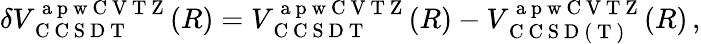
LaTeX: \delta V_{\mathrm{~C~C~S~D~T~}}^{\mathrm{~a~p~w~C~V~T~Z~}}(R)=V_{\mathrm{~C~C~S~D~T~}}^{\mathrm{~a~p~w~C~V~T~Z~}}(R)-V_{\mathrm{~C~C~S~D~(~T~)~}}^{\mathrm{~a~p~w~C~V~T~Z~}}(R)\, ,